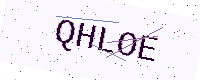
Text: QHLOE